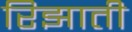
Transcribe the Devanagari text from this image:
रिझाती